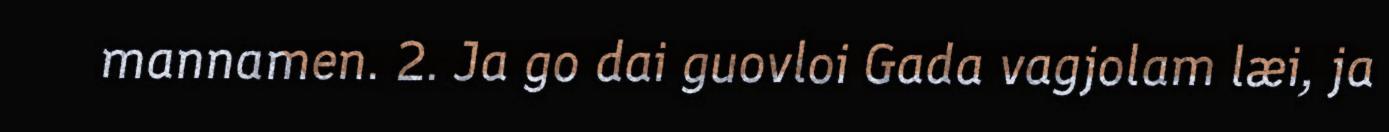
mannamen. 2. Ja go dai guovloi Gada vagjolam læi, ja